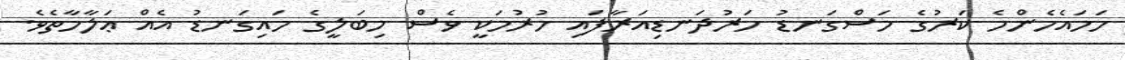
ހަމައެހެންމެ ކަރުގެ މަސްގަނޑު ހަރުދަނޑިއަރާފައި ހުރުމަކީ ވެސް މިބަލީގެ މައިގަނޑު އެއް ޢަލާމާތެވެ.